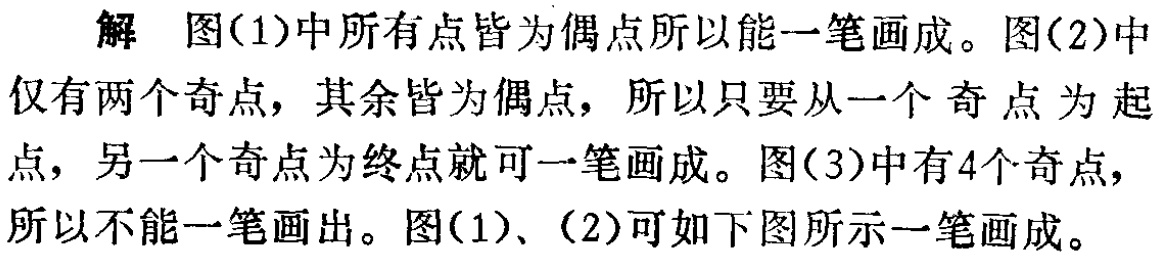
解 图(1)中所有点皆为偶点所以能一笔画成。图(2)中仅有两个奇点，其余皆为偶点，所以只要从一个奇点为起点，另一个奇点为终点就可一笔画成。图(3)中有4个奇点，所以不能一笔画出。图(1)、(2)可如下图所示一笔画成。